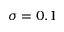
\sigma = 0 . 1